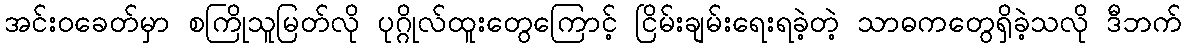
အင်းဝခေတ်မှာ စကြိုသူမြတ်လို ပုဂ္ဂိုလ်ထူးတွေကြောင့် ငြိမ်းချမ်းရေးရခဲ့တဲ့ သာဓကတွေရှိခဲ့သလို ဒီဘက်